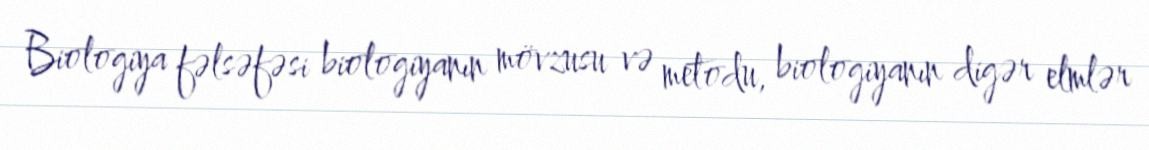
Biologiya fəlsəfəsi biologiyanın mövzusu və metodu, biologiyanın digər elmlər